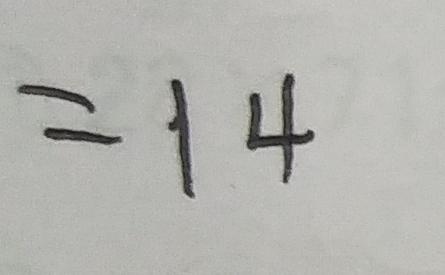
= 1 4